Some observations on the poison of the banded krait (Bungarus fasciatus) - Number 7
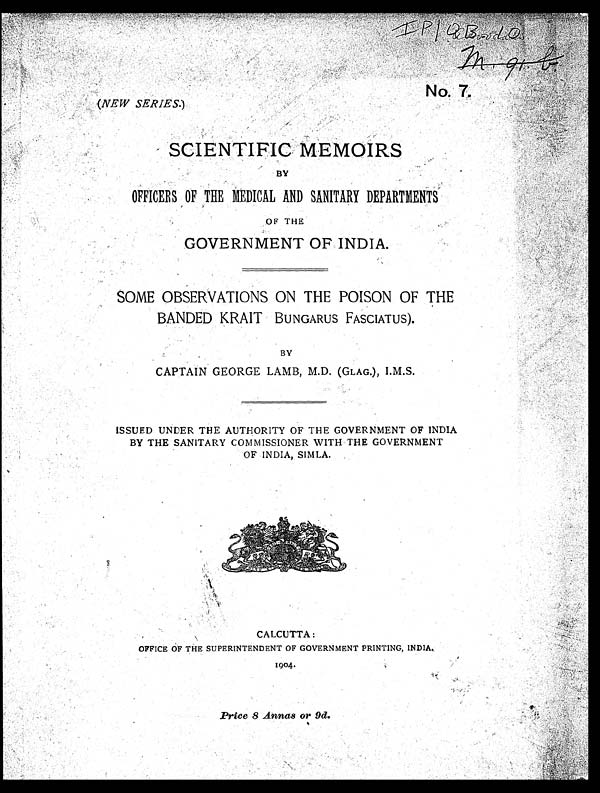
Ip/Q BoodO
No. 7.
(NEW SERIES.)
SCIENTIFIC MEMOIRS
BY
OFFICERS OF THE MEDICAL AND SANITARY DEPARTMENTS
OF THE
GOVERNMENT OF INDIA.
SOME OBSERVATIONS ON THE POISON OF THE
BANDED KRAIT BUNGARUS FASCIATUS).
BY
CAPTAIN GEORGE LAMB, M.D. (GLAG.), I.M.S.
ISSUED UNDER THE AUTHORITY OF THE GOVERNMENT OF INDIA
BY THE SANITARY COMMISSIONER WITH THE GOVERNMENT
OF INDIA, SIMLA.
CALCUTTA:
OFFICE OF THE SUPERINTENDENT OF GOVERNMENT PRINTING, INDIA.
1904.
Price 8 Annas or 9d.